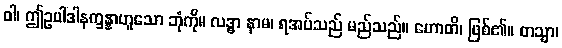
ဝါ၊ ဤဥပါဒါနက္ခန္နာဟူသော ဘုံကို။ လဒ္ဓာ နာမ၊ ရအပ်သည် မည်သည်။ ဟောတိ၊ ဖြစ်၏။ တသ္မာ၊